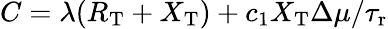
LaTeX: \begin{array}{r}{C=\lambda(R_{\mathrm{T}}+X_{\mathrm{T}})+c_{1}X_{\mathrm{T}}\Delta\mu/{\tau_{\mathrm{r}}}}\end{array}